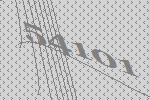
54101